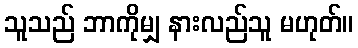
သူသည် ဘာကိုမျှ နားလည်သူ မဟုတ်။